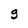
Character: g